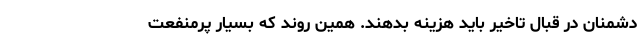
دشمنان در قبال تاخیر باید هزینه بدهند. همین روند که بسیار پرمنفعت